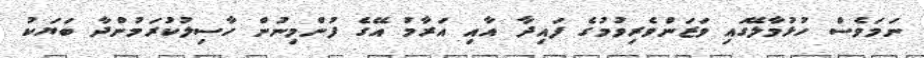
ނަމަވެސް ހުޅުމާލޭގައި ވަޒަންވެރިވުމުގެ ފައިދާ އާއި އަރާމު އޭގެ ފުންމިނުން ހާސިލުކުރަމުންދާ ބަޔަކު